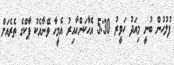
ފުލުހުން ބުނީ މިއަދު ހަވީރު 5:30 އެހާކަންހާއިރު އެމީހާ ވޭނާއެކު ޕާކްގެ ތެރެއަށް